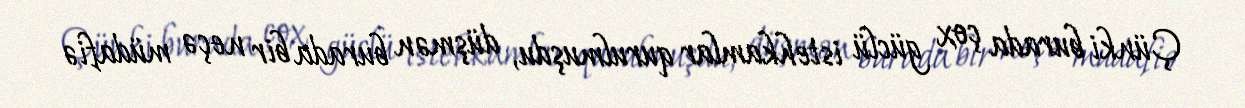
Çünki burada çox güclü istehkamlar qurulmuşdu, düşmən burada bir neçə müdafiə